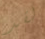
لقد